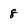
Character: 8